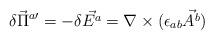
LaTeX: \begin{align*}\delta\vec\Pi^{a\prime}=-\delta\vec{E^{a}}=\nabla\times(\epsilon_{ab}\vec{A^{b}})\end{align*}